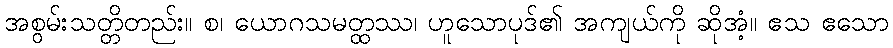
အစွမ်းသတ္တိတည်း။ စ၊ ယောဂသမတ္ထဿ၊ ဟူသောပုဒ်၏ အကျယ်ကို ဆိုအံ့။ ဧသ ဧသော